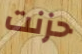
حزنت